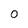
Character: 0